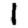
Digit: 1